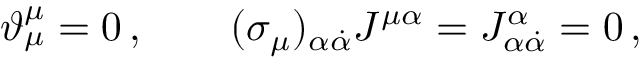
\vartheta _ { \mu } ^ { \mu } = 0 \, , \qquad ( \sigma _ { \mu } ) _ { \alpha \dot { \alpha } } J ^ { \mu \alpha } = J _ { \alpha \dot { \alpha } } ^ { \alpha } = 0 \, ,